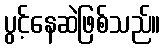
ပွင့်နေဆဲဖြစ်သည်။